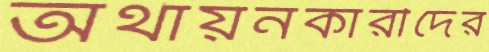
অর্থায়নকারীদের